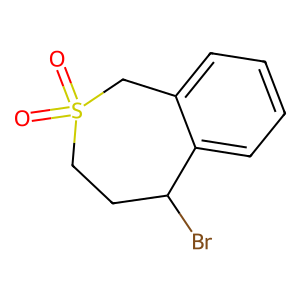
SMILES: O=S1(=O)CCC(Br)c2ccccc2C1
Inhibits HIV replication: No